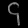
Digit: ၄